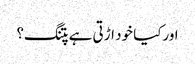
اورکیا خود اڑتی ہے پتنگ؟